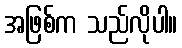
အဖြစ်က သည်လိုပါ။